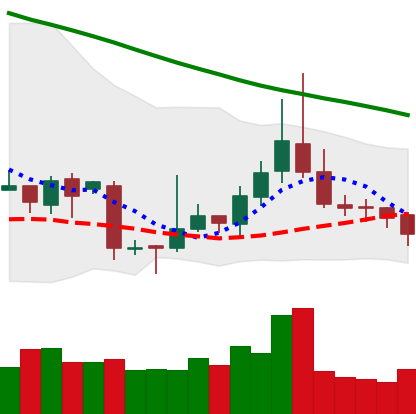
Ticker: TRX-USD
Chart end date: 2018-11-12
Forward return: -16.297%
Label: down_7plus